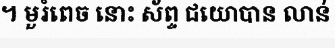
។ មួរំពេច នោះ ស័ព្ទ ជយោបាន លាន់